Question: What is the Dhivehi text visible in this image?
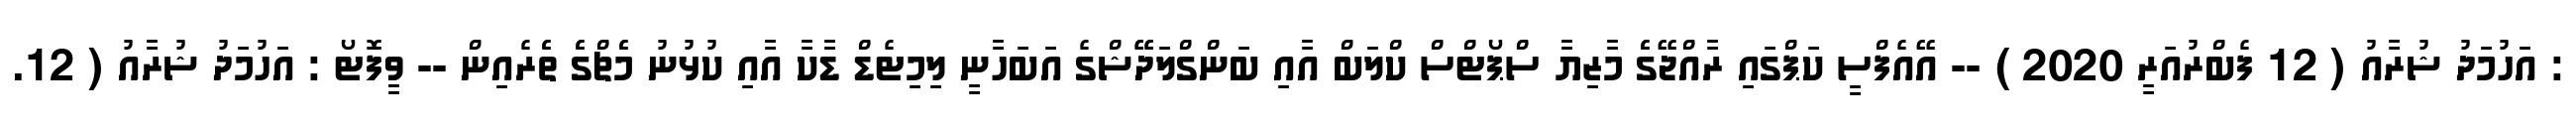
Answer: : އަހުމަދު ޝުރާއު ( 12 ފެބްރުއަރީ 2020 ) -- އޭއެފްސީ ކަޕްގައި ރާއްޖޭގެެ މާޒިޔާ ސްޕޯޓްސް ކްލަބް އާއި ބަންގްލަދޭޭޝްގެ އަބަހާނީ ލިމިޓެޑް ޑާކާ އާއި ކުޅުނު މެެޗްގެެ ތެެރެއިން -- ވީފޮޓޯ : އަހުމަދު ޝުރާއު ( 12.